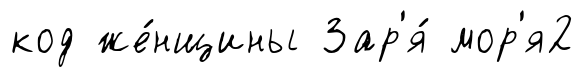
код же́нщины Зар'я́ мор'я2